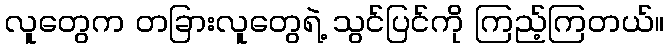
လူတွေက တခြားလူတွေရဲ့ သွင်ပြင်ကို ကြည့်ကြတယ်။